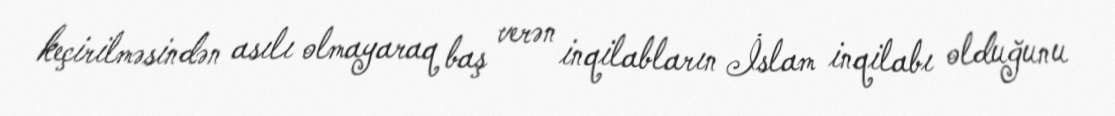
keçirilməsindən asılı olmayaraq baş verən inqilabların İslam inqilabı olduğunu